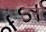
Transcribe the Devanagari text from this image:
टॅरो